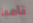
تامبا